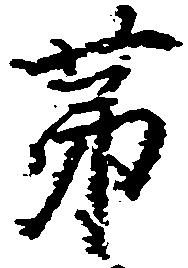
第